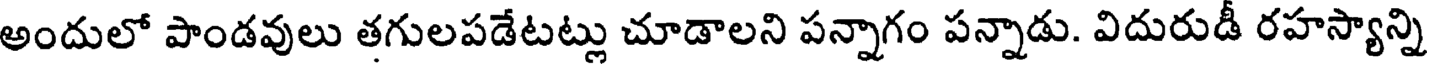
అందులో పాండవులు తగులపడేటట్లు చూడాలని పన్నాగం పన్నాడు. విదురుడీ రహస్యాన్ని